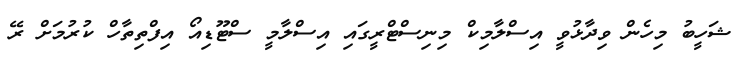
ޝަހީބު މިހެން ވިދާޅުވީ އިސްލާމިކް މިނިސްޓްރީގައި އިސްލާމީ ސްޓޫޑިއޯ އިފްތިތާހް ކުރުމަށް ރޭ